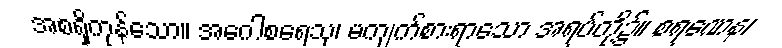
အစရှိကုန်သော။ အဂေါစရေသု၊ မကျက်စားရာသော အရပ်တို့၌။ စရဏေန၊